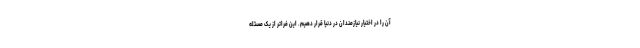
آن را در اختیار نیازمندان در دنیا قرار دهیم. این فراتر از یک مسئله